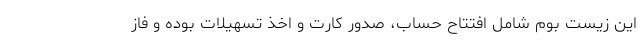
این زیست بوم شامل افتتاح حساب، صدور کارت و اخذ تسهیلات بوده و فاز